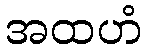
အထဟံ